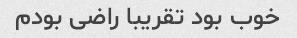
خوب بود تقریبا راضی بودم